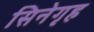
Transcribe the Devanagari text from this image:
सिनेगृह